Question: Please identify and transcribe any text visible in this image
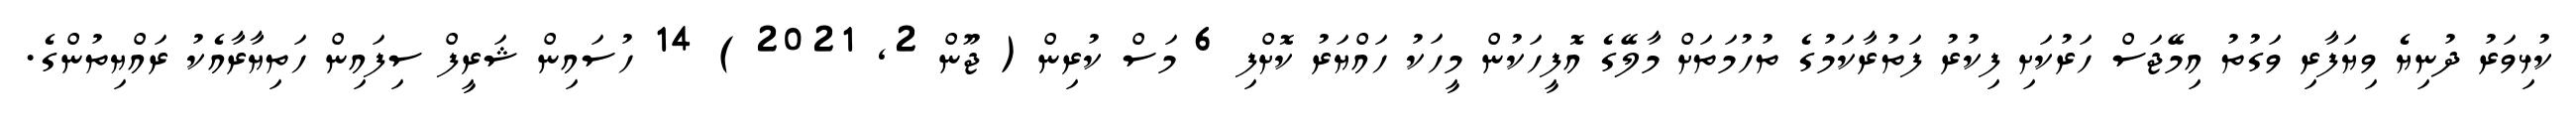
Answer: ކުޅިވަރު ދުނިޔެ ވިޔަފާރި ވަގުތު އިމޭޖަސް ހަރުކަށި ފިކުރު ފަތުރާކަމުގެ ތުހުމަތަށް މާލޭގެ އޮފީހަކުން މީހަކު ހައްޔަރު ކޮށްފި 6 މަސް ކުރިން ( ޖޫން 2, 2021 ) 14 ހުސައިން ޝަރީފް ސިފައިން ހަތިޔާރާއެކު ރައްޔިތުންގެ.